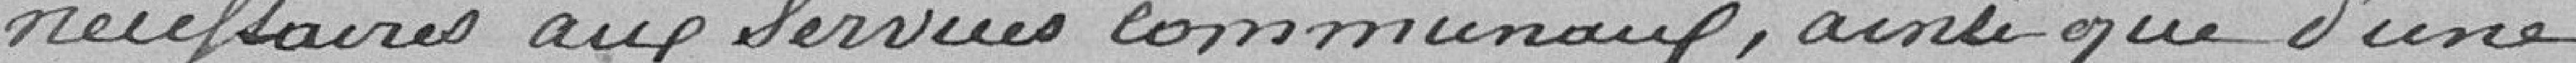
nécessaires aux services communaux, ainsi que d'une